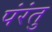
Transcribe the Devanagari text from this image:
पंरंतु